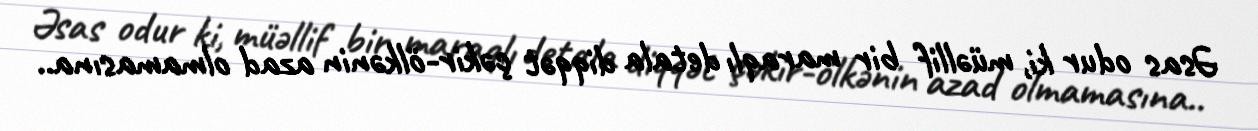
Əsas odur ki, müəllif bir maraqlı detala diqqət çəkir-ölkənin azad olmamasına..